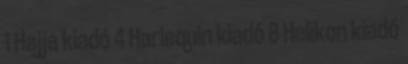
1 Hajja kiadó 4 Harlequin kiadó 8 Helikon kiadó